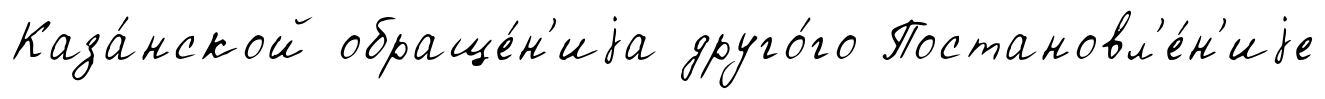
Каза́нской обраще́н'иjа друго́го Постановл'е́н'иjе